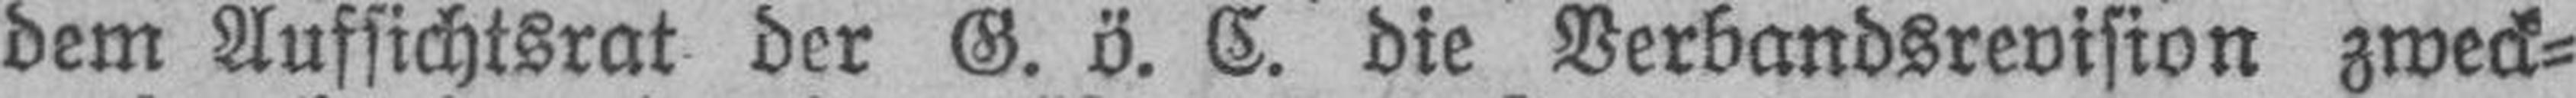
dem Aufsichtsrat der G. ö. C. die Verbandsrevision zweck¬